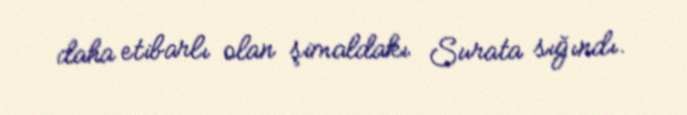
daha etibarlı olan şimaldakı Surata sığındı.